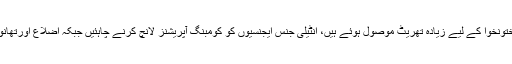
ڈاکٹرسلیمان نے مزید بتایا کہ بلوچستان اورخیبرپختونخوا کے لیے زیادہ تھریٹ موصول ہوئے ہیں، انٹیلی جنس ایجنسیوں کو کومبنگ آپریشنز لانچ کرنے چاہئیں جبکہ اضلاع اورتھانوں کی سطح پرکو آرڈینیشن کمیٹیاں قائم کی جائیں۔